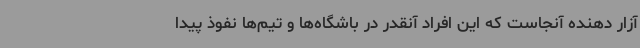
آزار دهنده آنجاست که این افراد آنقدر در باشگاه‌ها و تیم‌ها نفوذ پیدا